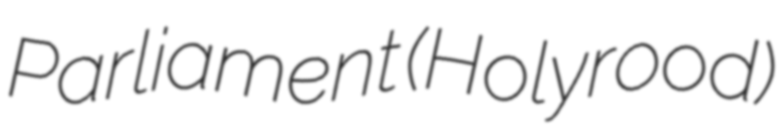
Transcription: Parliament (Holyrood)